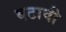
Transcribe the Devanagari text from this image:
बटावी